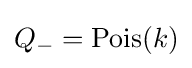
Q_{-}=\operatorname {Pois} (k)